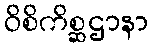
ဝိစိကိစ္ဆဌာနာ